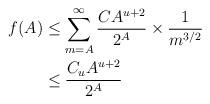
LaTeX: \begin{align*}f(A) &\leq \sum_{m = A}^{\infty} \frac{CA^{u+2}}{2^{A}} \times \frac{1}{m^{3/2}}\\&\leq \frac{C_u A^{u+2}}{2^A}\end{align*}